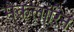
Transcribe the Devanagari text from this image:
मैकलॉरिन